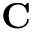
\textbf { C }